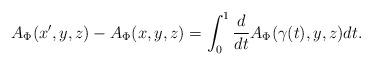
LaTeX: \begin{align*} A_\Phi (x',y,z)-A_\Phi(x,y,z)= \int_0^1 \frac{d}{dt} A_\Phi(\gamma(t),y,z) dt .\end{align*}